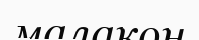
малакон